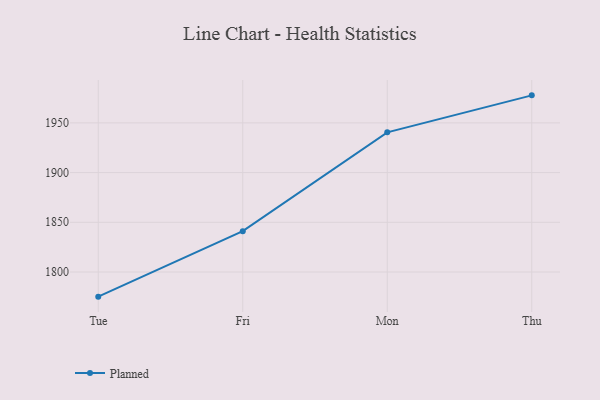
{"axis": {"x": "Day", "y": "Demand Index"}, "legend": ["Planned"], "data": [{"x": "Tue", "y": 1775.2, "type": "Planned"}, {"x": "Fri", "y": 1841.1, "type": "Planned"}, {"x": "Mon", "y": 1940.5, "type": "Planned"}, {"x": "Thu", "y": 1977.7, "type": "Planned"}]}